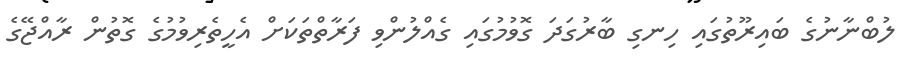
ލުބްނާނުގެ ބައިރޫތުގައި ހިނގި ބާރުގަދަ ގޮވުމުގައި ގެއްލުންވި ފަރާތްތަކަށް އެހީތެރިވުމުގެ ގޮތުން ރާއްޖޭގެ